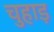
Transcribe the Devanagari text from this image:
चुहाड़